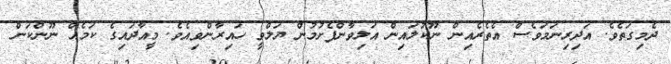
ދެމިގަތެވެ. އަދިރިނަމަވެސް އެތެރެއިން ނޫކުލައިން އަލިވާންފެށުމުން ޔަލްވީ ހައިރާންވިއެވެ. މީއާދައިގެ ކަމެއް ނޫންކަން